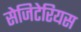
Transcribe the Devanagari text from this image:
सेजिटेरियस